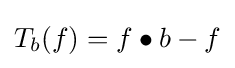
T_{b}(f)=f\bullet b-f